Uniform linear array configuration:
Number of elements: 12
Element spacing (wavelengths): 0.75
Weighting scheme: hamming
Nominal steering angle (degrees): -45
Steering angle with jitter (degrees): -46.387
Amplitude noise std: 0.05
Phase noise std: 0.05

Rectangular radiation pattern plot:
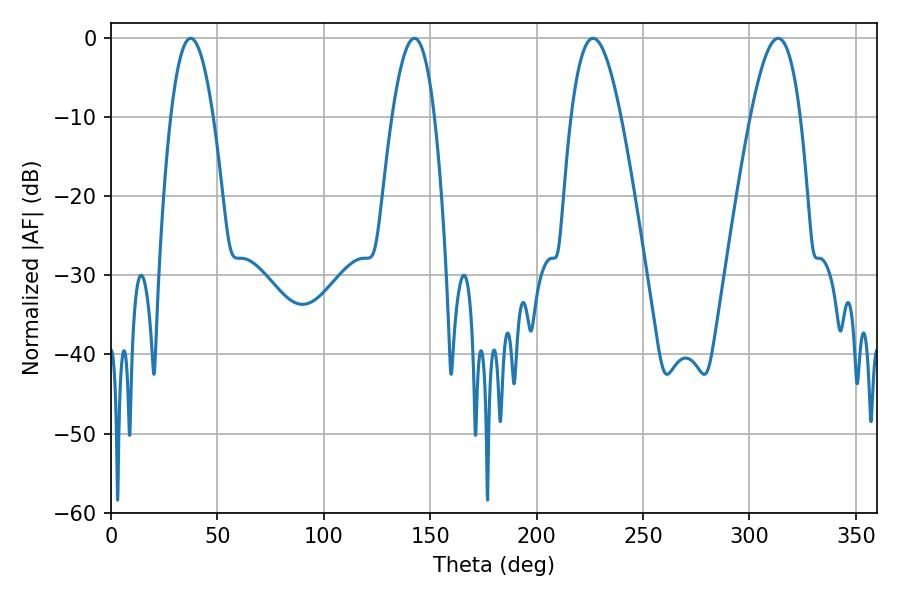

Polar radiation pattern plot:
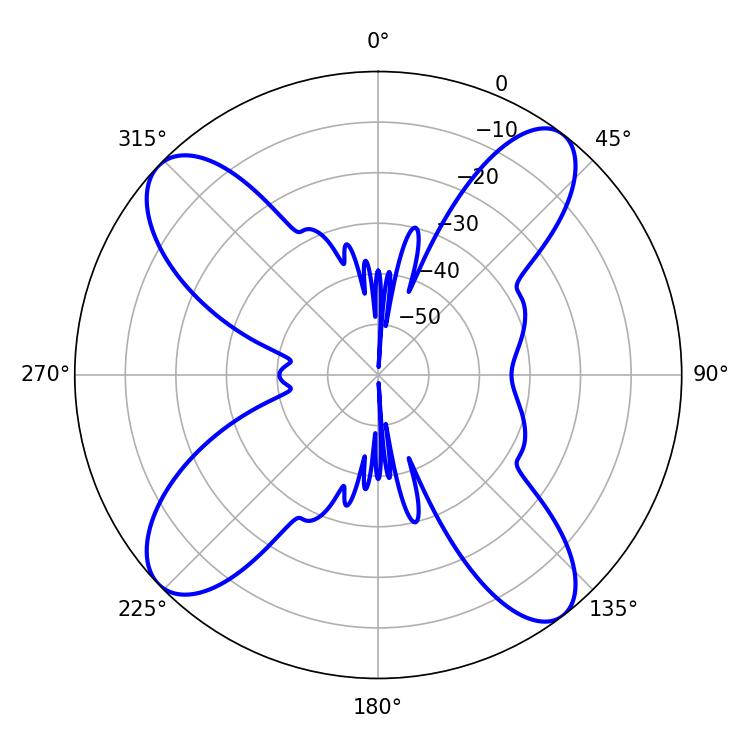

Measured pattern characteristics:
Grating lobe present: TRUE
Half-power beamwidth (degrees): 10.8
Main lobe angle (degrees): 37.44